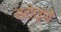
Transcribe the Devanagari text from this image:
सरोसृपों